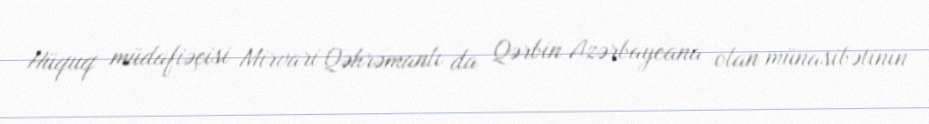
Hüquq müdafiəçisi Mirvari Qəhrəmanlı da Qərbin Azərbaycana olan münasibətinin